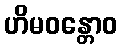
ဟိမဝန္တောဝ